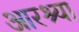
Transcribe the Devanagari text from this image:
आरश्या